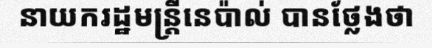
នាយករដ្ឋមន្ត្រីនេប៉ាល់ បានថ្លែងថា